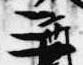
三